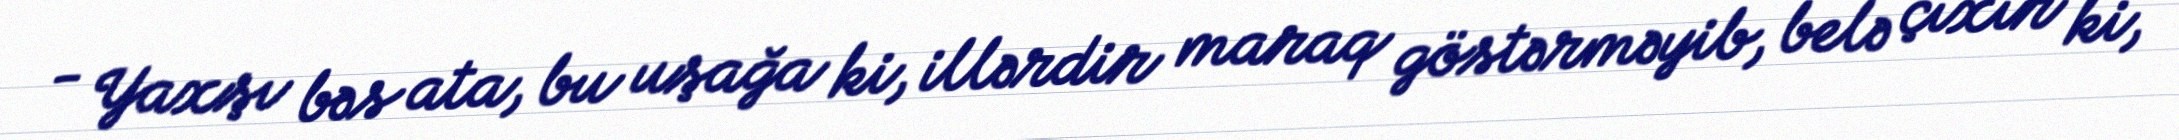
- Yaxşı bəs ata, bu uşağa ki, illərdir maraq göstərməyib, belə çıxır ki,